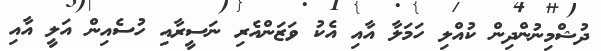
ދުޝްމިނުންދިން ކުއްލި ހަމަލާ އާއި އެކު ވަޒަންއެރި ނަސީރާއި ހުސެއިން އަލީ އާއި